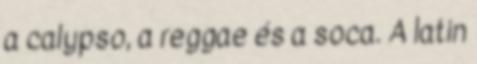
a calypso, a reggae és a soca. A latin